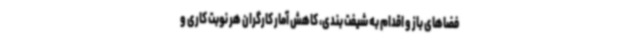
فضاهای باز و اقدام به شیفت بندی، کاهش آمار کارگران هر نوبت کاری و